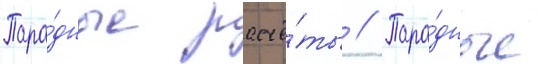
Пара́дные расчё́ты // Пара́дные